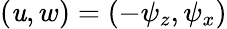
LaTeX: {(\mathit{u},w)=(-\psi_{z},\psi_{x})}